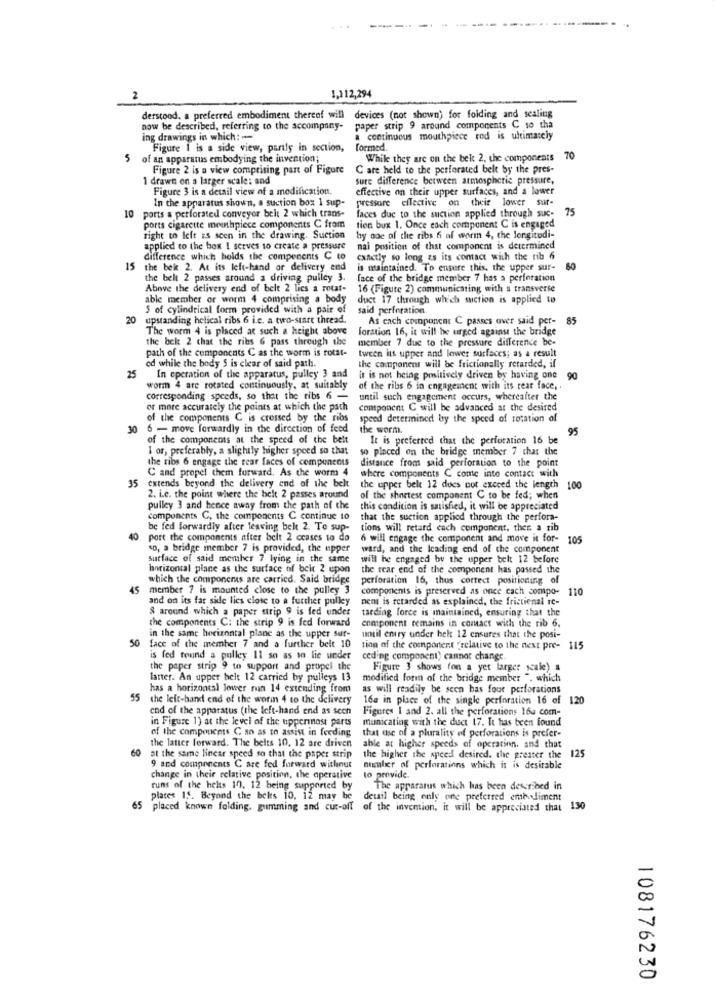
2
1,112,294
derstood, a preferred embodiment thereef will devices (not shown) for folding and sealing
now be described, referring to the accompany-
paper strip 9 around components C so tha
ing drawings in which: -
a continuous mouthpiece rod is ultimately
Figure 1 is a side view, party in section,
formed.
5
of an apparatus embodying the invention;
While they are on the belt 2. the components 70
Figure 2 is a view comprising part of Figure
C are held to the perforated belt by the pres-
1 drawn on a larger scale: and
sure difference between atmospheric pressure,
Figure 3 is a detail view of a modification.
effective on their upper surfaces, and a lower
In the apparatus shown, a suction box 1 sup-
pressure effective on their lower sur-
10 ports a perforated conveyor belt 2 which trans-
faces due to the suction applied through suc- 75
ports cigarette meethpiece components C from
tien bux 1. Once each component C is engaged
right to left is seen in the drawing. Suction
by one of the ribs fi af worin 4, the longitudi-
applied to the box I serves to create a pressure
nai position of that component is determined
difference which holds the components C to
exactly so long as its contact with the rib 6
15 the bek 2. At its left-hand or delivery end
is maintained. To ensure this, the upper sur-
60
the belt 2 passes around a driving pulley 3.
face of the bridge member 7 has a perforation
Above the delivery end of belt 2 lics a rotat-
16 (Figure 2) communicating with a transverse
able member or worm 4 comprising a body
duct 17 through which suction is applied to
S of cylindrical form provided with a pair of
said perforation.
20 upstanding helical ribs 6 i.e. a two-start thread.
As cach component C passes over said per-
85
The worm 4 is placed at such a height above
foration 16, it will be urged against the bridge
the belt 2 chat the ribs 6 pass through the
member 7 due to the pressure difference be-
path of the components C as the worm is rotat-
tween its upper and lower surfaces; as a result
25
ed while the body $ is clear of said path.
the component will be frictionally retarded, if
In eperation of the apparatus, pulley 3 and
it is not being positively driven by having one
worm 4 are rotated continuously, at suitably
of the ribs 6 in engagement with its rear face ,.
corresponding speeds, so that the ribs 6 -
until such engagement occurs, whereafter the
or more accurately the points at which the path
component C will be advanced at the desired
of the components C is crossed by the ribs
speed determined by the speed of rotation of
30
6 - move forwardly in the direction of feed
the worm.
95
of the components at the speed of the belt
It is preferred that the perforation 16 be
I or, preferably, a slightly higher speed so that
so placed on the bridge member 7 chat the
the ribs 6 engage the rear faces of components
distance from said perforation to the point
35
C and propel them forward. As the worm 4
where components C come into contact with
extends beyond the delivery end of the belt
the upper belt 12 does not exceed the length
100
2. i.e. the point where the belt 2 passes around
of the shortest component C to be fed; when
pulley 3 and hence away from the path of the
this condition is satisfied, it will be appreciated
components C, the components C continue to
that the suction applied through the perfora-
be fed forwardly after leaving belt 2. Te sup-
tions will retard cach component, ther a rib
40
port the components after belt 2 ccases to do
6 will engage the component and move it for- 105
o, a bridge member 7 is provided, the upper
ward, and the Icading end of the component
surface of said merher 7 lying in the same
will he engaged be the upper belt 12 before
horizontal plane as the surface of beir 2 upon
the rear end of the component has passed the
which the components are carried. Said bridge
perforation 16, thus cortect positioning of
45
member 7 is mounted close to the pulley 3
components is preserved as once cach compo-
110
and on its far side lies close to a further pulley
nent is retarded as explained, the frictienal re-
& around which a paper utrip 9 is fed under
tarding force is maintained, ensuring that the
the components C: the strip 9 is fed forward
component remains in comact with the rib 6.
50
in the same horizontal plane as the upper suf-
until entry under helt 12 ensures that the posi-
face of the member 7 and a further belt 10
tion of the comportent "relative to the next pre- 115
is fed found a pulley 11 so as to lie under
ceding component) cannot change
the paper strip 9 to support and propel the
Figure 3 shows fon a yet larger scale) s
latter. An upper helt 12 carried by pulleys 13
modified form of the bridge member ", which
has a horizontal lower run 14 extending from
as will readily be seen bas four perforations
55 the left-hand end of the worin 4 to the delivery
16a in place of the single perforation 16 of 120
end of the apparatus (the left-hand end as sech
Figures 1 and 2. all the perforations 16a com-
in Figure 1) at the level of the uppermost parts
municating with the duct 17. It has been found
of the components C so as to assist in feeding
that use of a plurality of perforations is prefer-
the latter forward. The belts 10, 12 are driven
able at higher speeds of operation. and that
60 at the same linear speed so that the paper strip
the higher the speed desired. the greater the
125
9 and components C are fed forward witlinut
number of perforations which it is desirable
change in their relative position, the operative
to provide.
runs of the helts 10. 12 being supported by
The apparatus which has been described in
places 15. Beyond the beks 10, 12 may be detail being only one preferred embodiment
65 placed known folding. gumming and cut-off of the invention, it will be appreciated that 130
108176230